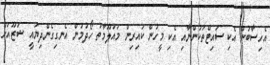
އެހިސާބުން އެކި ސައިޓްތަކުންނާއި އެކި މީހުން ކައިރިން މައުލޫމާތު ހޯދުމުން އެނގިގެންދިޔައީ ޝަޒޫއަށް